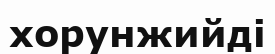
хорунжийді